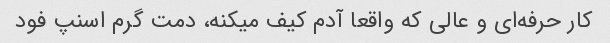
کار حرفه‌ای و عالی که واقعا آدم کیف میکنه، دمت گرم اسنپ فود